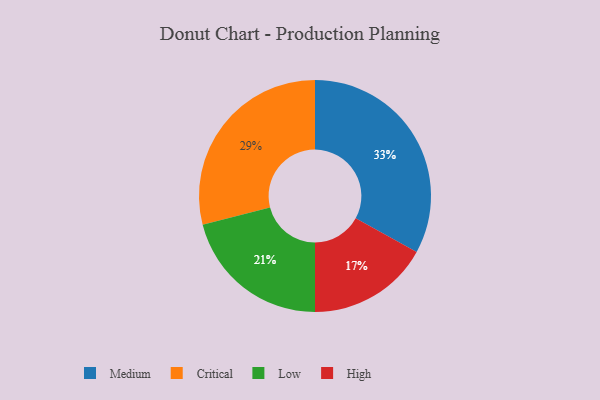
{"axis": {"x": "Category", "y": "Percentage"}, "legend": ["Critical", "High", "Low", "Medium"], "data": [{"x": "High", "y": 17, "type": "High"}, {"x": "Medium", "y": 33, "type": "Medium"}, {"x": "Low", "y": 21, "type": "Low"}, {"x": "Critical", "y": 29, "type": "Critical"}]}